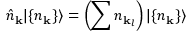
{ \hat { n } } _ { \mathbf { k } } | \{ n _ { \mathbf { k } } \} \rangle = \left( \sum n _ { \mathbf { k } _ { l } } \right) | \{ n _ { \mathbf { k } } \} \rangle